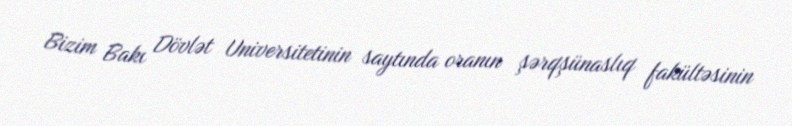
Bizim Bakı Dövlət Universitetinin saytında oranın şərqşünaslıq fakültəsinin